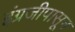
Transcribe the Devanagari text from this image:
इंग्रजीपासून